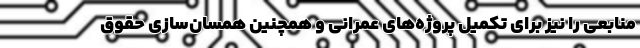
منابعی را نیز برای تکمیل پروژه‌های عمرانی و همچنین همسان‌سازی حقوق